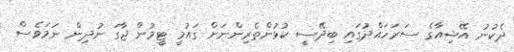
ދެކުނު އޭޝިއާގެ ސަރަހައްދުގައި ބިދޭސީ ކުޅުންތެރިންނަށް ގައުމީ ޓީމުން ޖާގަ ނުދިން ނަމަވެސް